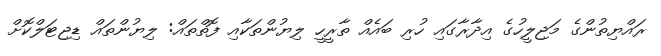
ރައްޔިތުންގެ މަޖިލީހުގެ އިދާރާގައި ހުރި ބައެއް ތާރީހީ ލިޔުންތަކާއި ފޮތްތައް: ލިޔުންތައް ޑިޖިޓަލްކޮށް